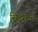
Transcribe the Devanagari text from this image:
सिद्भान्त